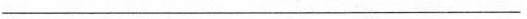
________